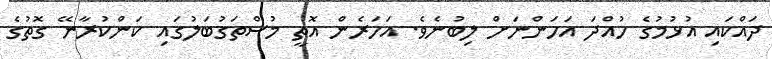
ދައްކައި އުޅުމުގެ ހުއްދަ އަހަންނަށް ލިބުނެވެ. އަހަރެން އޮތީ މުސްތަގުބަލުގައި ކަންކުރާނޭ ގޮތުގެ